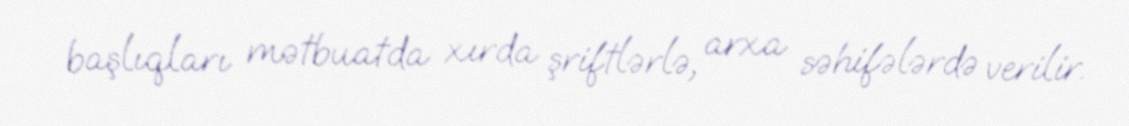
başlıqları mətbuatda xırda şriftlərlə, arxa səhifələrdə verilir.